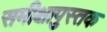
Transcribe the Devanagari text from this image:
समीक्षापुस्तक